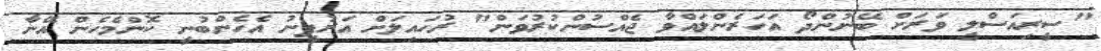
"ސީރިއަސްލީ ވަރަށް ބޭނުންދޯ އަހަރެންލައްވާ ޖެއްސުންކުރުވަން" ރުހައިލަށް އަރުފީނު އެހެންބުނީ ކޮންމެހެން އޭނާ